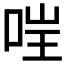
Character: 𫪇